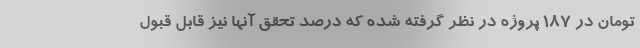
تومان در ۱۸۷ پروژه در نظر گرفته شده که درصد تحقق آنها نیز قابل قبول